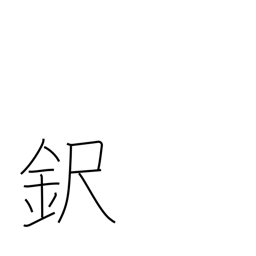
Meaning: surname